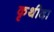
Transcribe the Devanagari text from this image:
कृथीदा